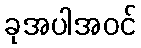
ခုအပါအဝင်